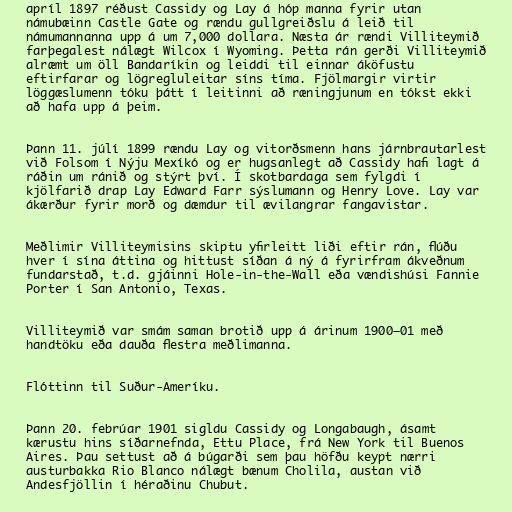
apríl 1897 réðust Cassidy og Lay á hóp manna fyrir utan
námubæinn Castle Gate og rændu gullgreiðslu á leið til
námumannanna upp á um 7,000 dollara. Næsta ár rændi Villiteymið
farþegalest nálægt Wilcox í Wyoming. Þetta rán gerði Villiteymið
alræmt um öll Bandaríkin og leiddi til einnar áköfustu
eftirfarar og lögregluleitar síns tíma. Fjölmargir virtir
löggæslumenn tóku þátt í leitinni að ræningjunum en tókst ekki
að hafa upp á þeim.

Þann 11. júlí 1899 rændu Lay og vitorðsmenn hans járnbrautarlest
við Folsom í Nýju Mexíkó og er hugsanlegt að Cassidy hafi lagt á
ráðin um ránið og stýrt því. Í skotbardaga sem fylgdi í
kjölfarið drap Lay Edward Farr sýslumann og Henry Love. Lay var
ákærður fyrir morð og dæmdur til ævilangrar fangavistar.

Meðlimir Villiteymisins skiptu yfirleitt liði eftir rán, flúðu
hver í sína áttina og hittust síðan á ný á fyrirfram ákveðnum
fundarstað, t.d. gjáinni Hole-in-the-Wall eða vændishúsi Fannie
Porter í San Antonio, Texas.

Villiteymið var smám saman brotið upp á árinum 1900–01 með
handtöku eða dauða flestra meðlimanna.

Flóttinn til Suður-Ameríku.

Þann 20. febrúar 1901 sigldu Cassidy og Longabaugh, ásamt
kærustu hins síðarnefnda, Ettu Place, frá New York til Buenos
Aires. Þau settust að á búgarði sem þau höfðu keypt nærri
austurbakka Rio Blanco nálægt bænum Cholila, austan við
Andesfjöllin í héraðinu Chubut.